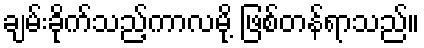
ချမ်းခိုက်သည့်ကာလမို့ ဖြစ်တန်ရာသည်။